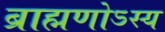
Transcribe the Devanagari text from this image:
ब्राह्मणोऽस्य